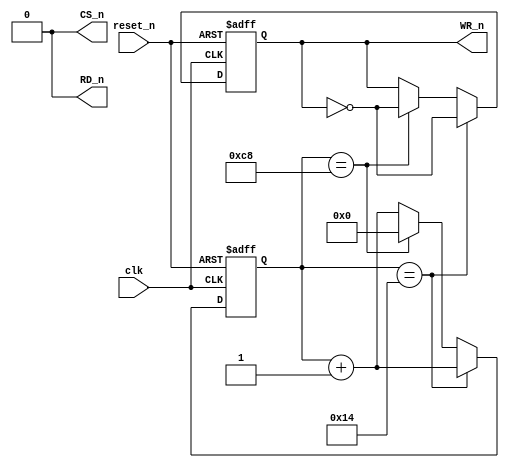
module ADCinterface(
		input reset_n,
		input clk,			
		output CS_n,
		output RD_n,
		output reg WR_n
	);
	reg [7:0]count;
	assign CS_n = 0;			
	assign RD_n = 0;			
	always @ (posedge clk, negedge reset_n)			
		begin
			count <= count + 1;								
			if(!reset_n)
				begin
					WR_n <= 0;		
					count <= 0;						
				end
			else
				if(count == 20)					
						WR_n <= ~WR_n;	
				else if(count == 200)			
					begin
						WR_n <= ~WR_n;
						count <= 0;	
					end
		end
endmodule